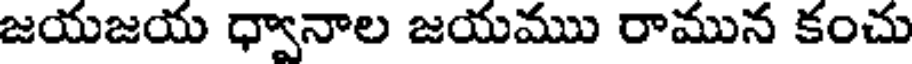
జయజయ ధ్వానాల జయము రామున కంచు